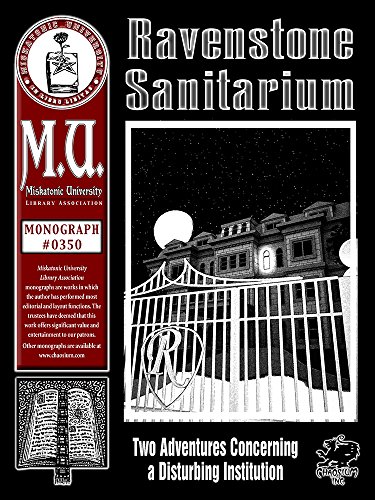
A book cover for Ravenstone Sanitarium: Two Adventures Concerning One Disturbing Institution (M.U. Library Assn. monograph, Call of Cthulhu #0350); John Gary Pettit; Science Fiction & Fantasy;